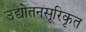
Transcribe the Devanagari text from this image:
उद्योतनसूरिकृत